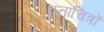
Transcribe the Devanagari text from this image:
वृत्ताचित्रों